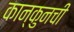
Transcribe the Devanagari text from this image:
कान्कुनची